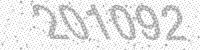
Solution: 201092